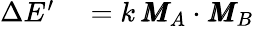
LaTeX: \begin{array}{rl}{\Delta E^{\prime}}&{{}=k\, \pmb{M}_{A}\cdot\pmb{M}_{B}}\end{array}